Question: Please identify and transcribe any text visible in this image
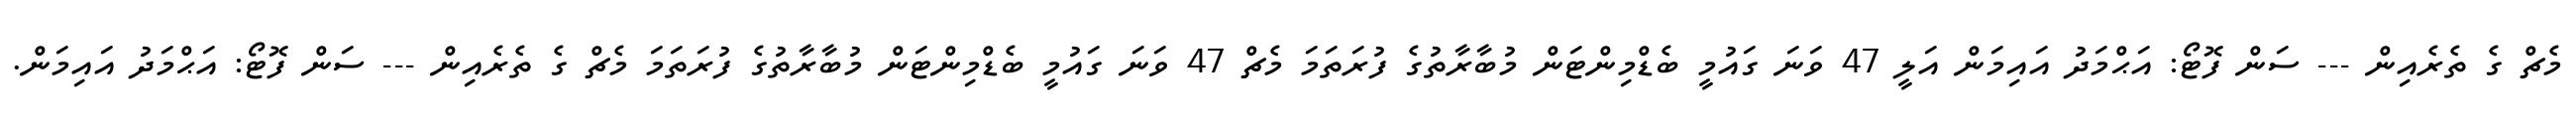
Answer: މެޗް ގެ ތެރެއިން --- ސަން ފޮޓޯ: އަޙްމަދު އައިމަން އަލީ 47 ވަނަ ގައުމީ ބެޑްމިންޓަން މުބާރާތުގެ ފުރަތަމަ މެޗް 47 ވަނަ ގައުމީ ބެޑްމިންޓަން މުބާރާތުގެ ފުރަތަމަ މެޗް ގެ ތެރެއިން --- ސަން ފޮޓޯ: އަޙްމަދު އައިމަން.